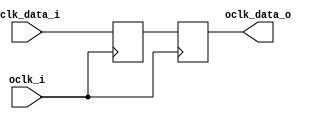


module bsg_sync_sync_8_unit
(
  oclk_i,
  iclk_data_i,
  oclk_data_o
);

  input [7:0] iclk_data_i;
  output [7:0] oclk_data_o;
  input oclk_i;
  reg [7:0] bsg_SYNC_1_r,oclk_data_o;

  always @(posedge oclk_i) begin
    if(1'b1) begin
      { bsg_SYNC_1_r[7:0] } <= { iclk_data_i[7:0] };
      { oclk_data_o[7:0] } <= { bsg_SYNC_1_r[7:0] };
    end 
  end


endmodule



module bsg_sync_sync_width_p64
(
  oclk_i,
  iclk_data_i,
  oclk_data_o
);

  input [63:0] iclk_data_i;
  output [63:0] oclk_data_o;
  input oclk_i;
  wire [63:0] oclk_data_o;

  bsg_sync_sync_8_unit
  maxb_0__bss8
  (
    .oclk_i(oclk_i),
    .iclk_data_i(iclk_data_i[7:0]),
    .oclk_data_o(oclk_data_o[7:0])
  );


  bsg_sync_sync_8_unit
  maxb_1__bss8
  (
    .oclk_i(oclk_i),
    .iclk_data_i(iclk_data_i[15:8]),
    .oclk_data_o(oclk_data_o[15:8])
  );


  bsg_sync_sync_8_unit
  maxb_2__bss8
  (
    .oclk_i(oclk_i),
    .iclk_data_i(iclk_data_i[23:16]),
    .oclk_data_o(oclk_data_o[23:16])
  );


  bsg_sync_sync_8_unit
  maxb_3__bss8
  (
    .oclk_i(oclk_i),
    .iclk_data_i(iclk_data_i[31:24]),
    .oclk_data_o(oclk_data_o[31:24])
  );


  bsg_sync_sync_8_unit
  maxb_4__bss8
  (
    .oclk_i(oclk_i),
    .iclk_data_i(iclk_data_i[39:32]),
    .oclk_data_o(oclk_data_o[39:32])
  );


  bsg_sync_sync_8_unit
  maxb_5__bss8
  (
    .oclk_i(oclk_i),
    .iclk_data_i(iclk_data_i[47:40]),
    .oclk_data_o(oclk_data_o[47:40])
  );


  bsg_sync_sync_8_unit
  maxb_6__bss8
  (
    .oclk_i(oclk_i),
    .iclk_data_i(iclk_data_i[55:48]),
    .oclk_data_o(oclk_data_o[55:48])
  );


  bsg_sync_sync_8_unit
  maxb_7__bss8
  (
    .oclk_i(oclk_i),
    .iclk_data_i(iclk_data_i[63:56]),
    .oclk_data_o(oclk_data_o[63:56])
  );


endmodule